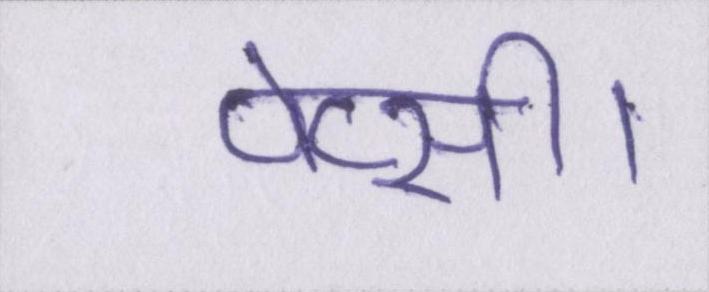
पेप्सी।